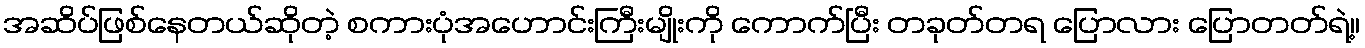
အဆိပ်ဖြစ်နေတယ်ဆိုတဲ့ စကားပုံအဟောင်းကြီးမျိုးကို ကောက်ပြီး တခုတ်တရ ပြောလား ပြောတတ်ရဲ့။